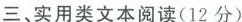
三、实用类文本阅读(12分)